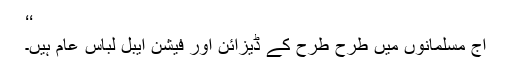
‘‘
آج مسلمانوں میں طرح طرح کے ڈیزائن اور فیشن ایبل لباس عام ہیں۔